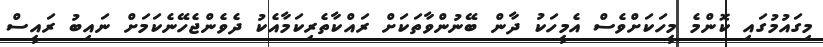
މިގައުމުގައި ކޮންމެ މީހަކަށްވެސް އެމީހަކު ދާން ބޭނުންވާތަކަށް ރައްކާތެރިކަމާއެކު ދެވެންޖެހޭނެކަމަށް ނައިބު ރައީސް